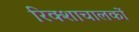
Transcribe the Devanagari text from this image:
रिक्शाचालकों